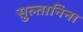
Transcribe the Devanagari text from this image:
सुल्तानिना